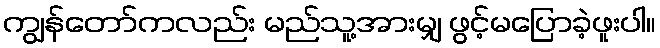
ကျွန်တော်ကလည်း မည်သူ့အားမျှ ဖွင့်မပြောခဲ့ဖူးပါ။